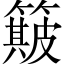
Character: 簸